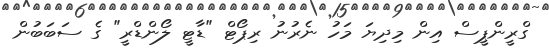
ގްރީންޕީސް އިން މިދިޔަ މަހު ނެރުނު ރިޕޯޓް "ޑާޓީ ލޯންޑްރީ" ގެ ސަބަބުން